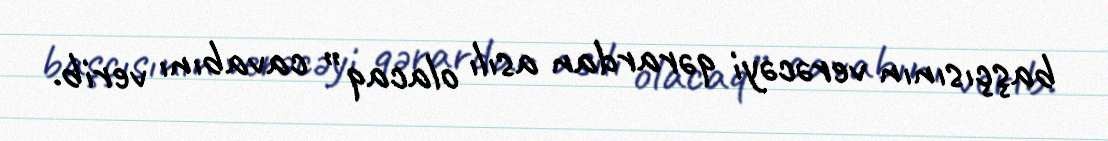
başçısının verəcəyi qərardan asılı olacaq” cavabını verib.